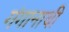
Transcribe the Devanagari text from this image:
गंगानाथी